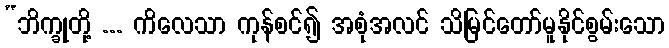
“ဘိက္ခုတို့ ... ကိလေသာ ကုန်စင်၍ အစုံအလင် သိမြင်တော်မူနိုင်စွမ်းသော